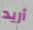
أريد